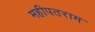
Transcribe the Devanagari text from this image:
महीपतराम